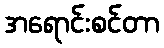
အရောင်းစင်တာ